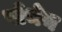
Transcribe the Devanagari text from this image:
पोमेन